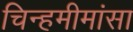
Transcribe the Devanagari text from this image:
चिन्हमीमांसा